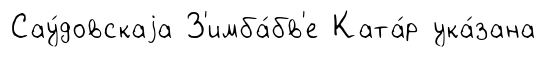
Сау́довскаjа З'имба́бв'е Ката́р ука́зана